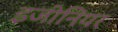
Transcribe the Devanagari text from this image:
इ़जीनियर